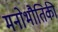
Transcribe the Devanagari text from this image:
मनोभौतिकी